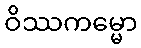
ဝိဿကမ္မော